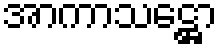
အာကာသဋ္ဌော